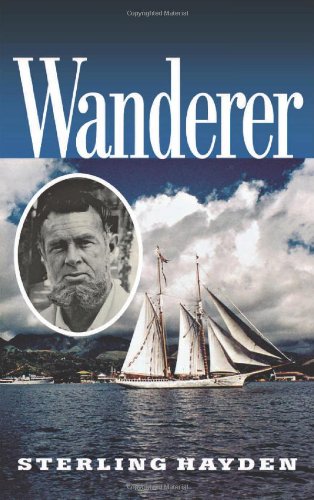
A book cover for Wanderer; Sterling Hayden; Sports & Outdoors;